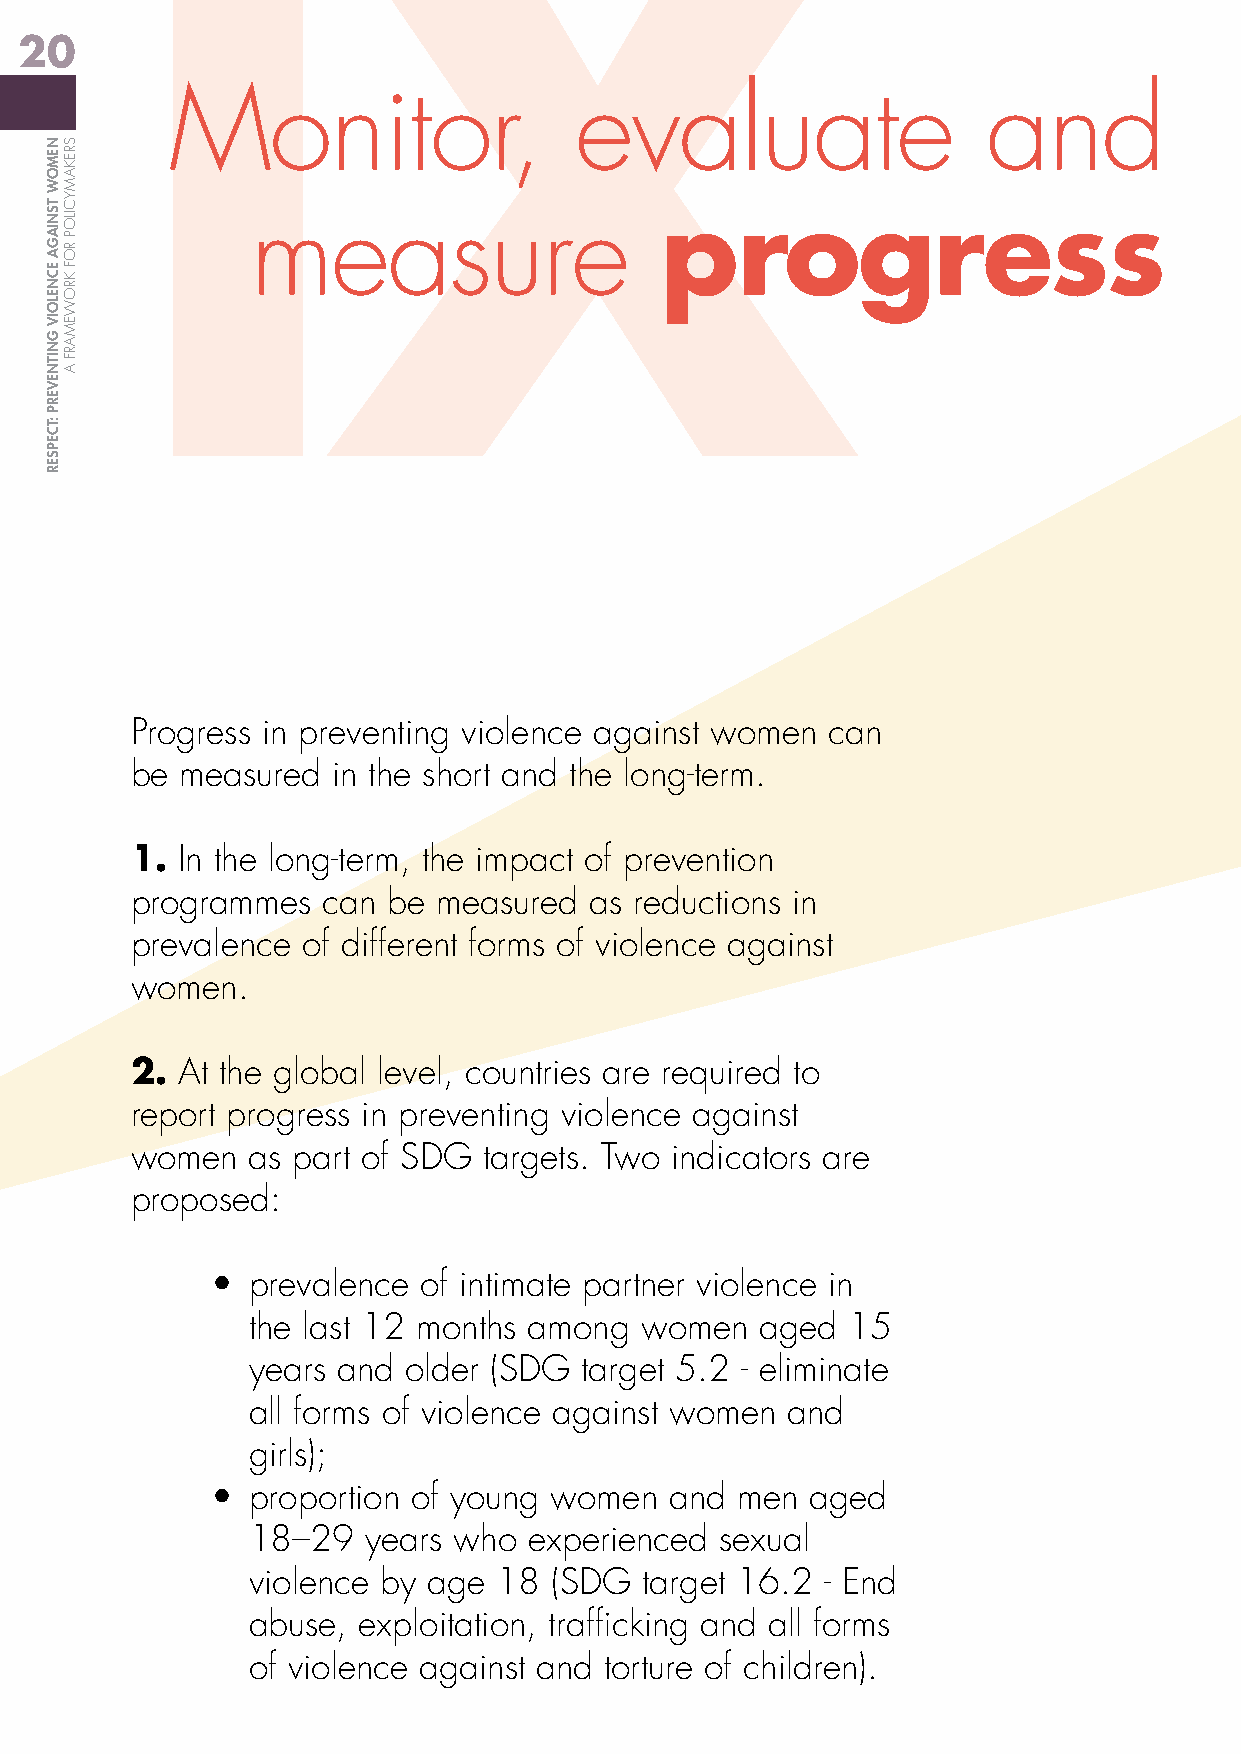
IX
 20
 Monitor,                   evaluate                   and
 measure                    progress
 Progress in preventing violence against women can
 be measured  in the short and the long-term.
 1. In the long-term, the impact of prevention
 programmes  can  be measured  as reductions in
 prevalence of different forms of violence against
 women.
 2. At the global level, countries are required to
 report progress in preventing violence against
 women  as part of SDG  targets. Two indicators are
 proposed:
 • prevalence  of intimate partner violence in
 the last 12 months among  women   aged  15
 years and  older (SDG target 5.2 - eliminate
 all forms of violence against women and
 girls);
 • proportion of young women   and  men  aged
 18–29   years who  experienced  sexual
 violence by age  18 (SDG  target 16.2  - End
 abuse,  exploitation, trafficking and all forms
 of violence against and torture of children).
 NEMOW
 TSNIAGA
 ECNELOIV
 GNITNEVERP
 :TCEPSER
 SREKAMYCILOP
 ROF
 KROWEMARF
 A